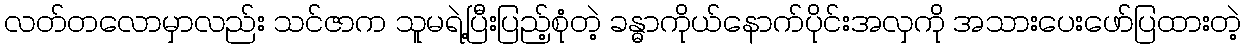
လတ်တလောမှာလည်း သင်ဇာက သူမရဲ့ပြီးပြည့်စုံတဲ့ ခန္ဓာကိုယ်နောက်ပိုင်းအလှကို အသားပေးဖော်ပြထားတဲ့